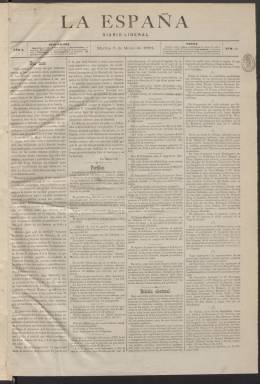
Título: La España (Madrid. 1881)
Colección: Periódicos
Ámbito geográfico: Madrid
Lugar de publicación: Madrid
Fechas: 03/05/1881-31/08/1881